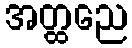
အတ္ထညေ